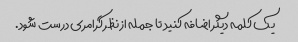
یک کلمه دیگر اضافه کنید تا جمله از نظر گرامری درست شود.